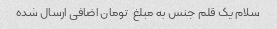
سلام یک قلم جنس به مبلغ  تومان اضافی ارسال شده